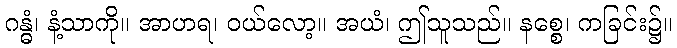
ဂန္ဓံ၊ နံ့သာကို။ အာဟရ၊ ဝယ်လော့။ အယံ၊ ဤသူသည်။ နစ္စေ၊ ကခြင်း၌။